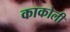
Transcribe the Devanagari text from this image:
काकोली